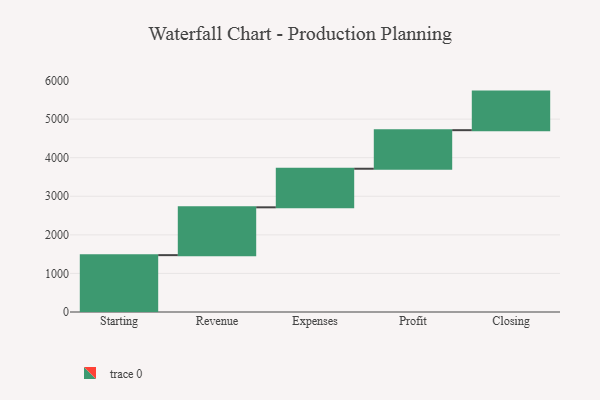
{"axis": {"x": "Step", "y": "Value"}, "legend": [""], "data": [{"x": "Starting", "y": 1474.0, "type": ""}, {"x": "Revenue", "y": 1240.0, "type": ""}, {"x": "Expenses", "y": 1000, "type": ""}, {"x": "Profit", "y": 1000, "type": ""}, {"x": "Closing", "y": 1000, "type": ""}]}